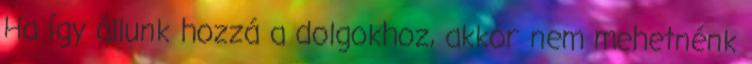
Ha így állunk hozzá a dolgokhoz, akkor nem mehetnénk